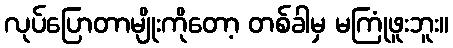
လုပ်ပြောတာမျိုးကိုတော့ တစ်ခါမှ မကြုံဖူးဘူး။